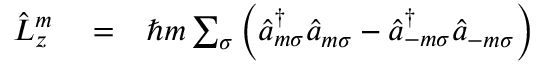
\begin{array} { r l r } { \hat { L } _ { z } ^ { m } } & { { } = } & { \hbar m \sum _ { \sigma } \left( \hat { a } _ { m \sigma } ^ { \dagger } \hat { a } _ { m \sigma } - \hat { a } _ { - m \sigma } ^ { \dagger } \hat { a } _ { - m \sigma } \right) } \end{array}